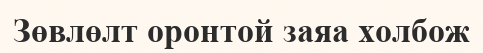
Зөвлөлт оронтой заяа холбож